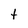
Character: t